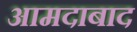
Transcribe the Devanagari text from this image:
आमदाबाद